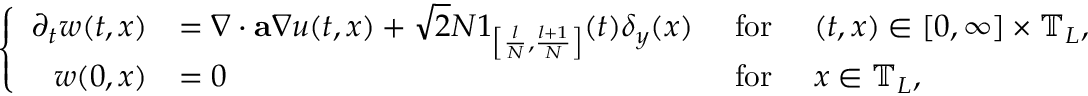
\left\{ \begin{array} { r l r l } { \partial _ { t } w ( t , x ) } & { = \nabla \cdot \mathbf { a } \nabla u ( t , x ) + \sqrt { 2 } N { \boldsymbol { 1 } } _ { \left[ \frac { l } { N } , \frac { l + 1 } { N } \right] } ( t ) \delta _ { y } ( x ) } & { ~ \mathrm { f o r } ~ } & { ( t , x ) \in [ 0 , \infty ] \times \mathbb { T } _ { L } , } \\ { w ( 0 , x ) } & { = 0 } & { ~ \mathrm { f o r } ~ } & { x \in \mathbb { T } _ { L } , } \end{array} \right.